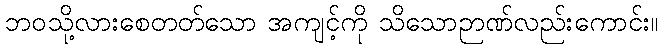
ဘဝသို့လားစေတတ်သော အကျင့်ကို သိသောဉာဏ်လည်းကောင်း။